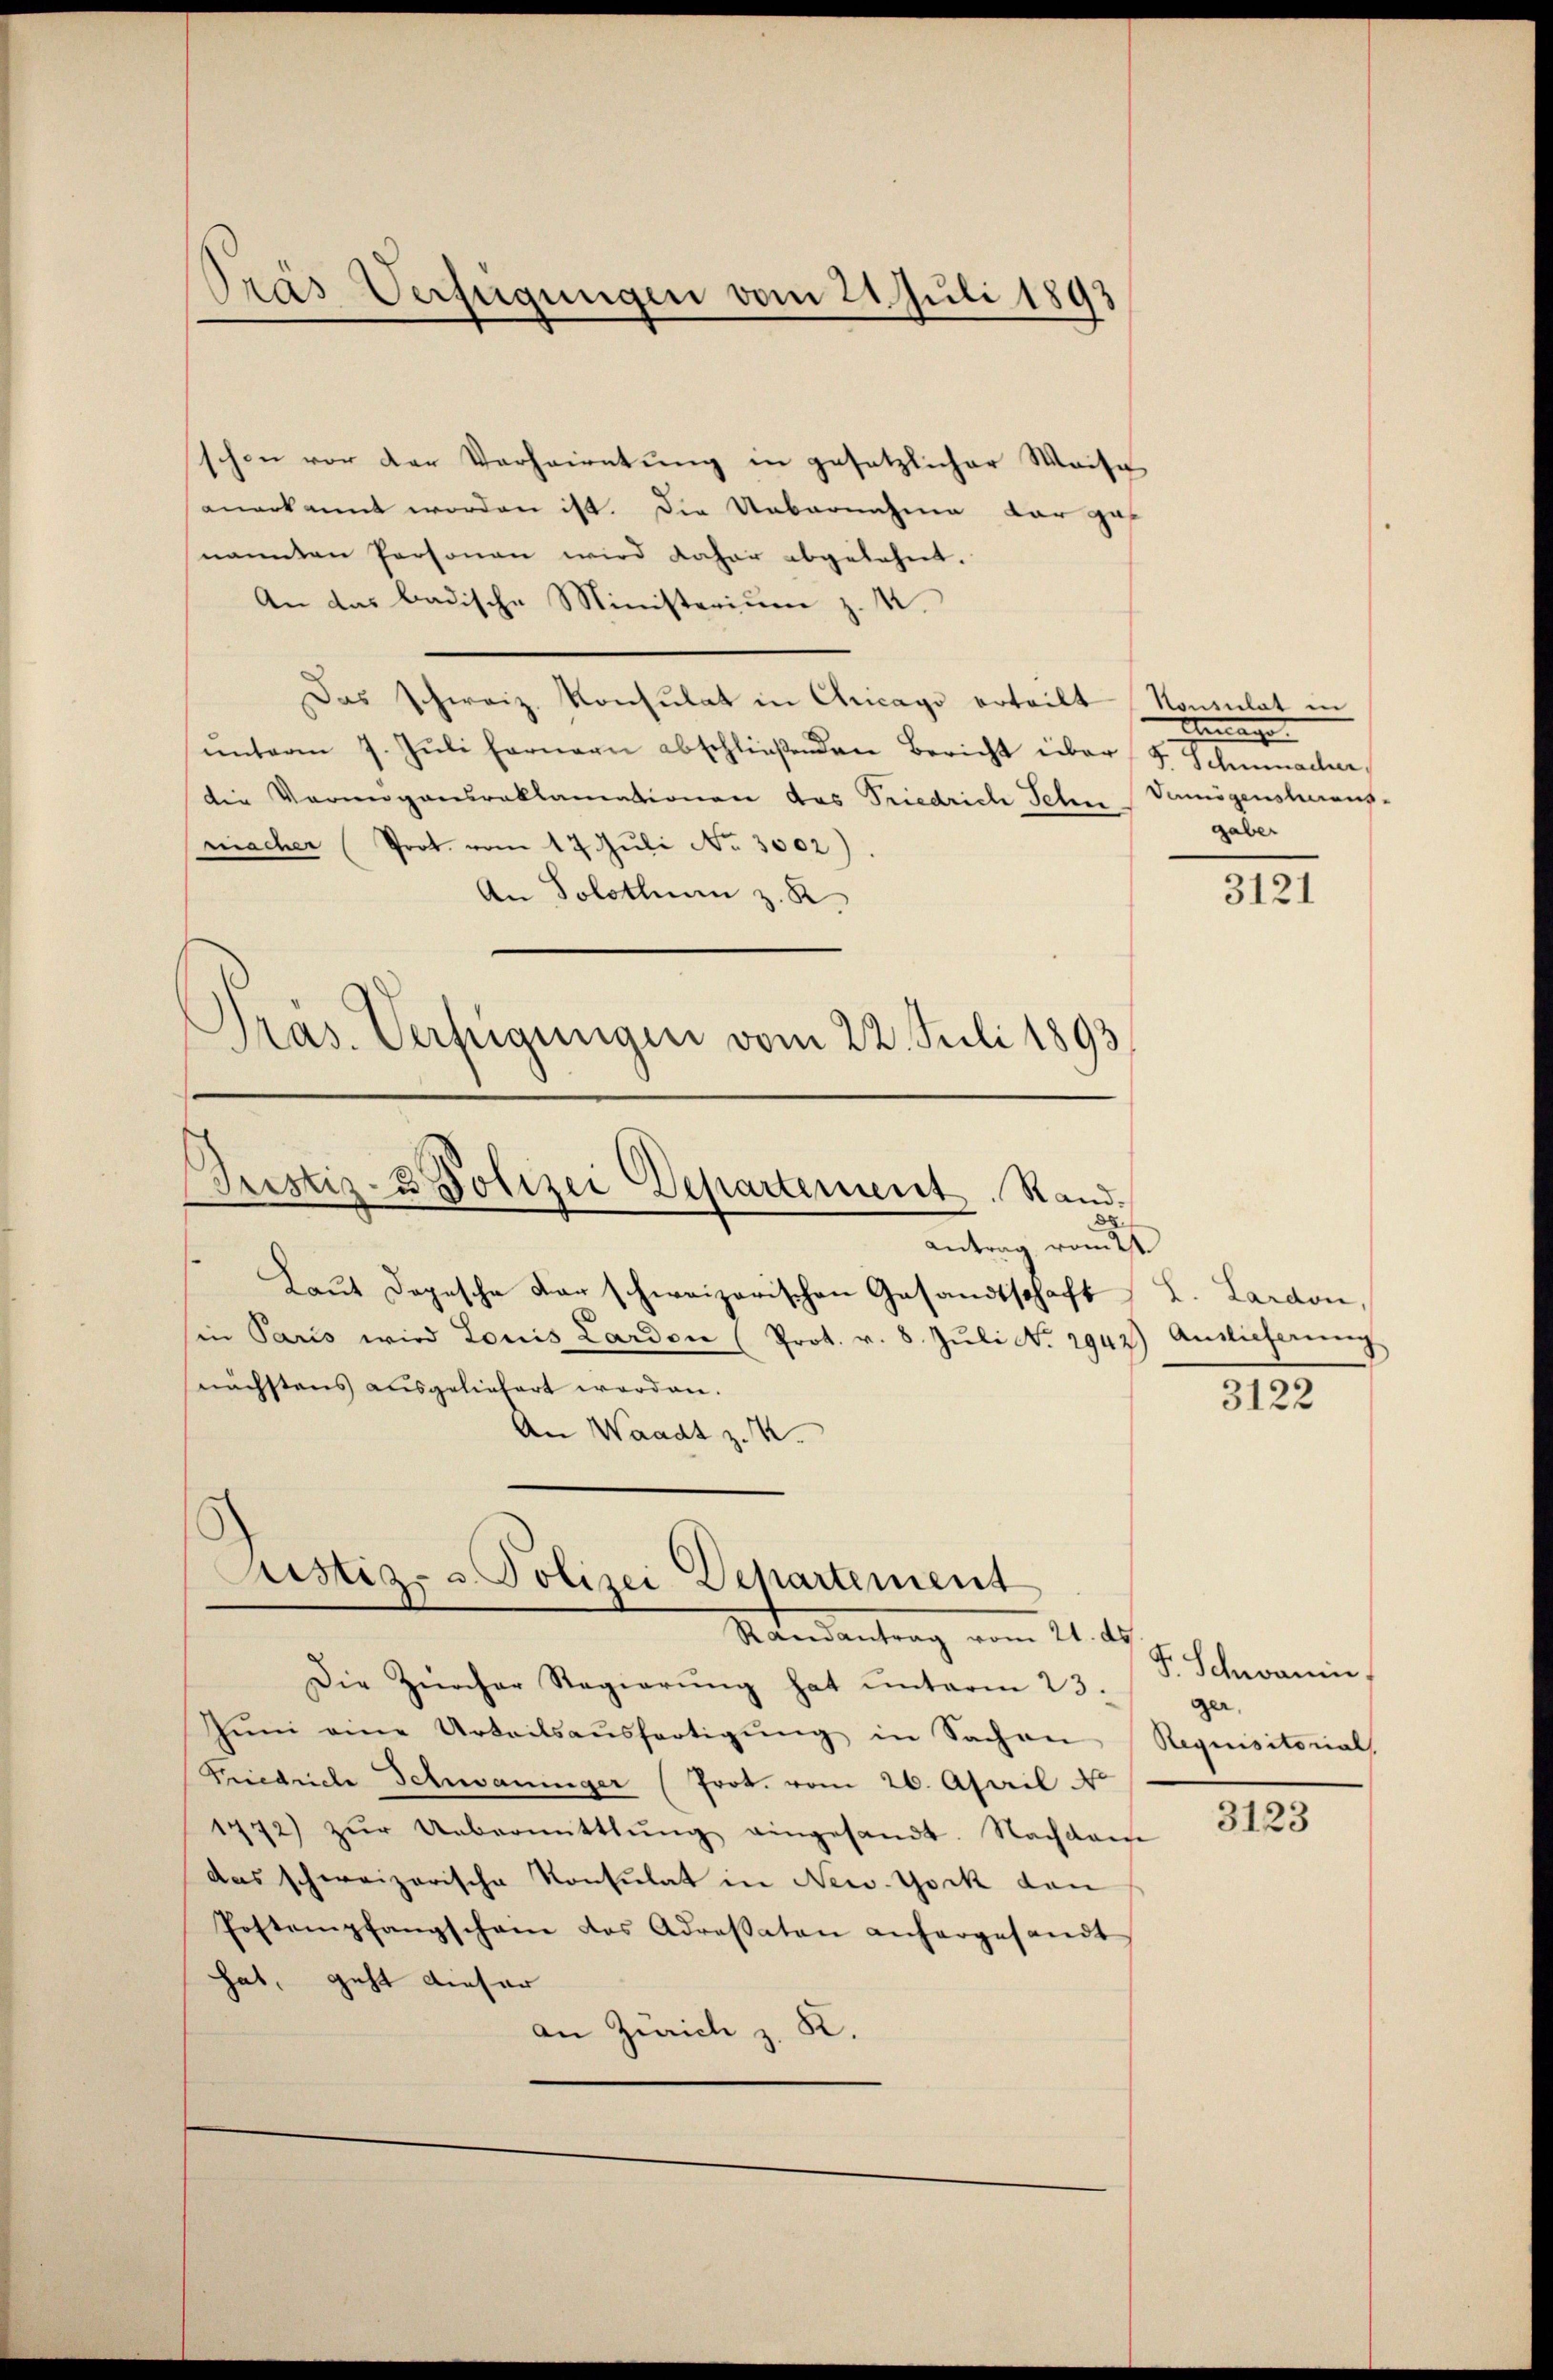
Pras Verfügungen vom 21. Juli 1891

schen vor der Verheiratung in gesetzlicher Weise
anerkannt worden ist. Die Uebernahme dar gef
nannten Personen wird daher abgelehnt.
An das badische Ministerium z. 4.
Das schweiz. Konsulat in Chicago erteilt
ŭnterm 7. Jŭli fernern abschlieβenden Bericht über 5 Schmacher,
die Vermögensroklamationen das Triedrich Jelen Vermögensheraus-
macher Prot. vom 17. Juli No. 3002).
An Solothurn z. R.
Präs. Verfügungen vom 22. Juli 1893

Justiz- & Polizei Departement. Stand.
88
Antrag vom 2.

Laŭt Depesche darschweizerischen Gesandtschaft L. Lardon,
in Paris wird Louis Larden (Prot. v. 8. Jŭli No 2942) Antlicherŭng
nächstens ausgeliefert worden.
An Waadt z. K.

Justiz- & Polizei Departement
Randantrag vom 21. ds.

Die Zürcher Regierŭng hat unterm 23.
Jŭni eine Urteilsaŭsfertigŭng in Sachen Requisitorial,
Friedriche Schwaniger (Prot. vom 26. April No
1772) zŭr Uebermittlŭng eingesandt. Nachdem
das schweizerische Konsulat in New-York den
Postempfangschein des Adressaten anhargesandt
hat, geht dieser
an Zürich z. K.

Konsulat in
Bringe
gaber

3121

3122

F. Schwanen
ger,

3123